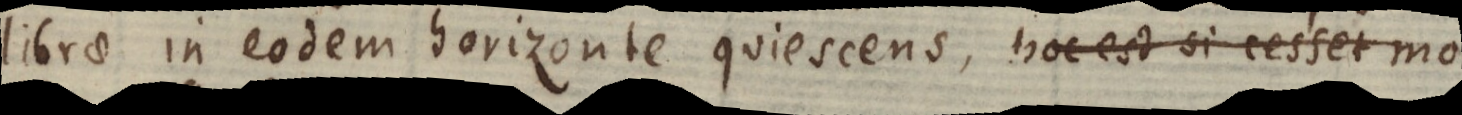
librae in eodem horizonte quiescens, hoc est si cesset mo